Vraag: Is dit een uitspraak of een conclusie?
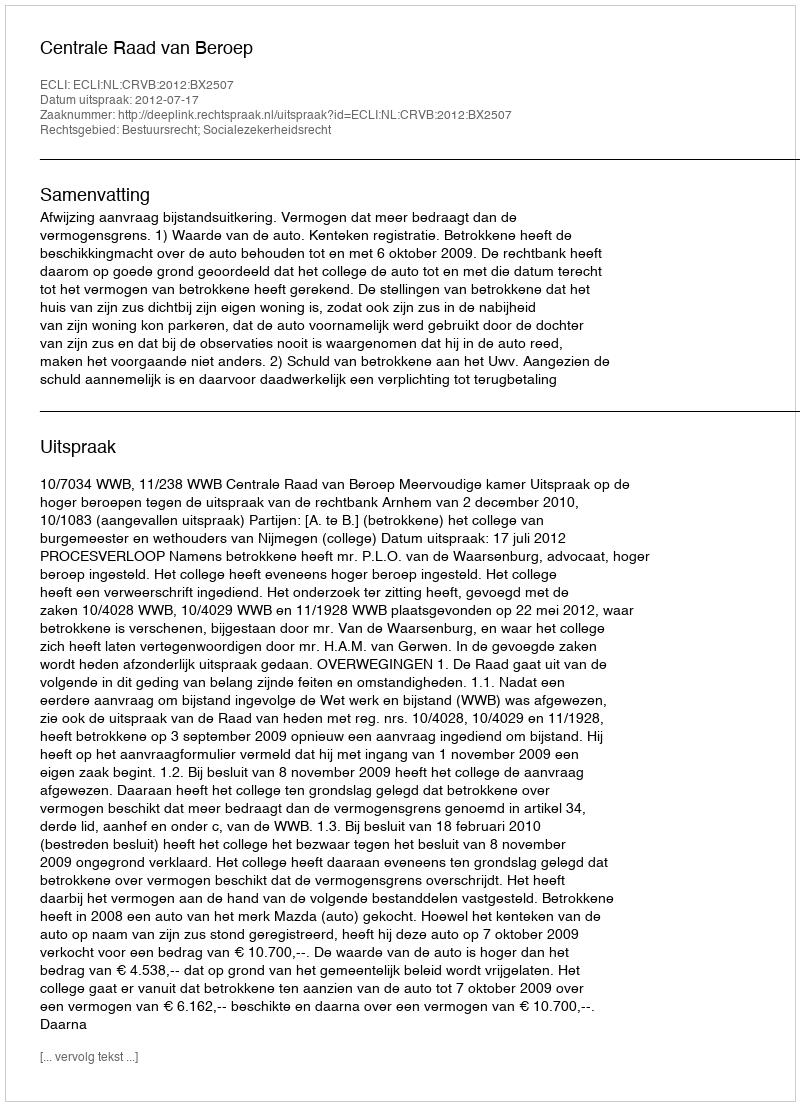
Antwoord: Uitspraak